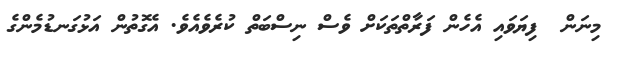
މިނަން  ފިޔަވައި އެހެން ފަރާތްތަކަށް ވެސް ނިސްބަތް ކުރެވެއެވެ. އެގޮތުން އަޅުގަނޑުމެންގެ